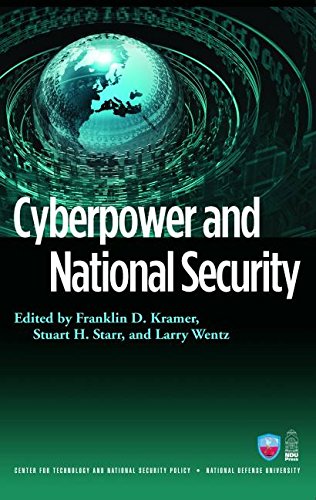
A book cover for Cyberpower and National Security (National Defense University); Franklin Kramer; Computers & Technology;